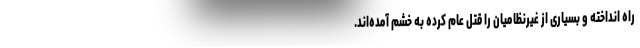
راه انداخته و بسیاری از غیر‌نظامیان را قتل عام کرده به خشم آمده‌اند.